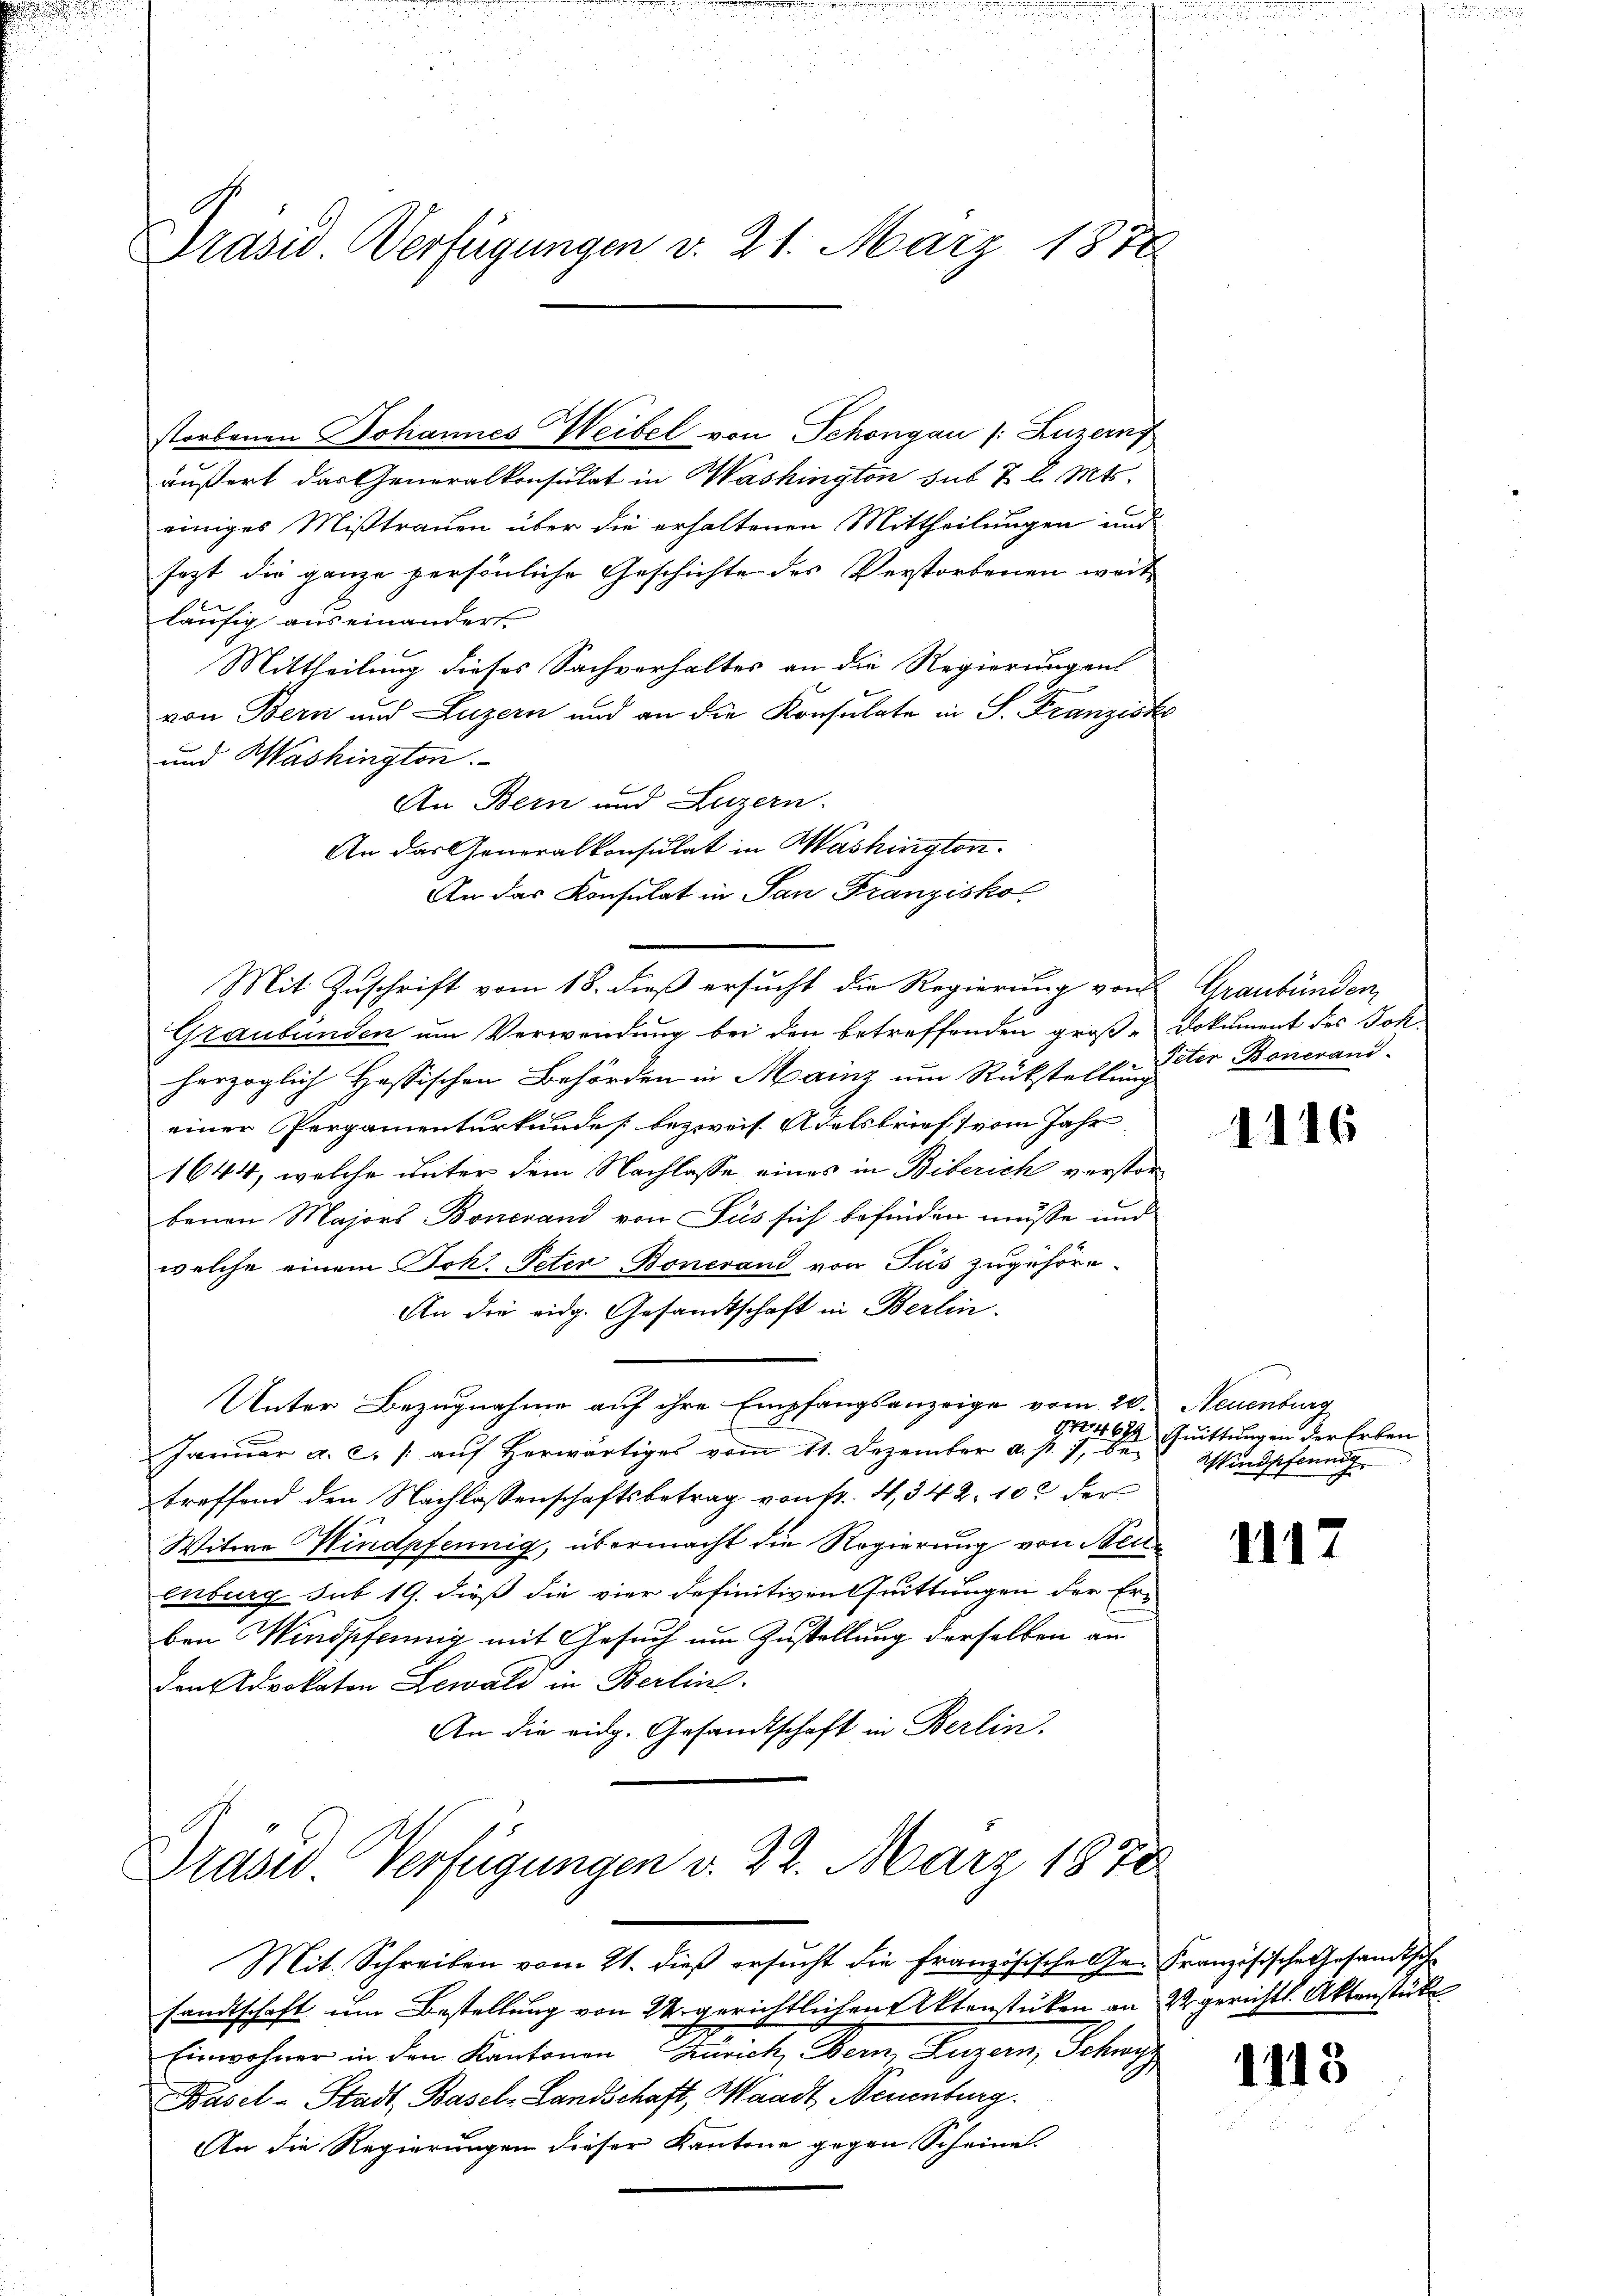
s

Präsid. Verfügungen d. 21. März 1888

storbenen Johannes Weibel von Schongau (: Luzerny

äußert das Generalkonsulat in Washington sub 7 l. Mts.
einiges Mißtrauen über die erhaltenen Mittheilungen und
sezt die ganze persönliche Geschichte des Verstorbenen weitläufig auseinandert.
Mittheilung dieses Sachverhaltes an die Regierungen
von Bern und Luzern und an die Konsulate in S. Franziske
und Washington.
An Bern und Luzern.
Graubünden um Verwendung bei den betreffenden groß- Dokument des Joh
herzoglich Hessischen Behörden in Mainz um Rückstellung
einer Pergamenturkundes bezweif Adelsbrief 1 vom Jahr
1644, welche unter dem Nachlasse eines in Biberich verstorbenen Majors Bonerand von Suis sich befinden müsse und
welche einem Joh. Peter Bonerand von Jus zugehör¬
An die eidg. Gesandtschaft in Berlin
Unter Bezugnahme auf ihre Empfangsanzeige vom 20. Neuenburg
Januar a. c. / auf herwärtiges vom 11. Dezember a. p. 7, betreffend den Nachlassenschaftsbetrag von fr. 4, 342, 102 der
Witwe Windpfennig, übermacht die Regierung von Steue
enburg sub 19. dieß die vier definitiven rittungen der Erben Windpfennig mit Gesuch um Zustellung derselben an
den Advokaton Lewald in Berlin.
An die eidg. Gesandtschaft in Berlin.

An das Generalkonsulat in Washington¬
An das Konsulat in San Franzisko¬
Mit Zuschrift vom 18. dieß ersucht die Regierung von Graubünden,

Draser. Verfügungen d. 22. März 1878
Mit. Schreiben vom 21. dieß ersucht die Französische Ge¬

sandtschaft um Bestellung von 24. gerichtlichen Aktenstücken an
Einwohner in den Kantonen Zürich, Bern, Luzern, Schwyz
Basel-Stadt, Basel-Landschaft, Waadt, Neuenburg.
An die Regierungen dieser Kantone gegen Scheine.

Peter Bonerand-

1116

914462 Quittungen der Erben
Windpfennig

1117

Französische Gesandtsc
22 gerichts. Aktenstück

1113